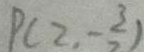
P ( 2 , - \frac { 3 } { 2 } )